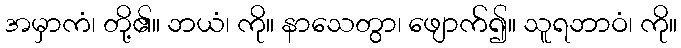
အမှာကံ၊ တို့၏။ ဘယံ၊ ကို။ နာသေတွာ၊ ဖျောက်၍။ သူရဘာဝံ၊ ကို။